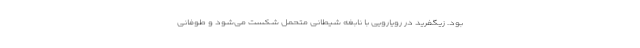
بود. زیگفرید در رویارویی با نابغه شیطانی متحمل شکست می‌شود و طوفانی